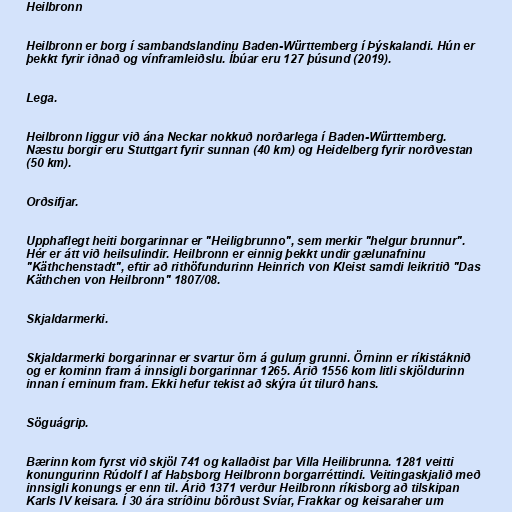
Heilbronn

Heilbronn er borg í sambandslandinu Baden-Württemberg í Þýskalandi. Hún er
þekkt fyrir iðnað og vínframleiðslu. Íbúar eru 127 þúsund (2019).

Lega.

Heilbronn liggur við ána Neckar nokkuð norðarlega í Baden-Württemberg.
Næstu borgir eru Stuttgart fyrir sunnan (40 km) og Heidelberg fyrir norðvestan
(50 km).

Orðsifjar.

Upphaflegt heiti borgarinnar er "Heiligbrunno", sem merkir "helgur brunnur".
Hér er átt við heilsulindir. Heilbronn er einnig þekkt undir gælunafninu
"Käthchenstadt", eftir að rithöfundurinn Heinrich von Kleist samdi leikritið "Das
Käthchen von Heilbronn" 1807/08.

Skjaldarmerki.

Skjaldarmerki borgarinnar er svartur örn á gulum grunni. Örninn er ríkistáknið
og er kominn fram á innsigli borgarinnar 1265. Árið 1556 kom litli skjöldurinn
innan í erninum fram. Ekki hefur tekist að skýra út tilurð hans.

Söguágrip.

Bærinn kom fyrst við skjöl 741 og kallaðist þar Villa Heilibrunna. 1281 veitti
konungurinn Rúdolf I af Habsborg Heilbronn borgarréttindi. Veitingaskjalið með
innsigli konungs er enn til. Árið 1371 verður Heilbronn ríkisborg að tilskipan
Karls IV keisara. Í 30 ára stríðinu börðust Svíar, Frakkar og keisaraher um